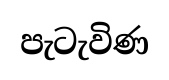
පැටැවිණ